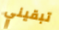
تبقيني